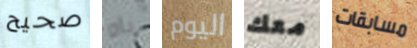
صحيح ياو اليوم معك مسابقات